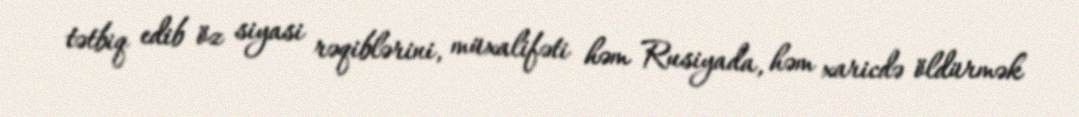
tətbiq edib öz siyasi rəqiblərini, müxalifəti həm Rusiyada, həm xaricdə öldürmək